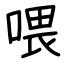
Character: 喂